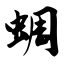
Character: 蜩